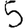
Digit: 5